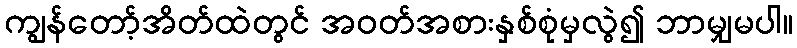
ကျွန်တော့်အိတ်ထဲတွင် အဝတ်အစားနှစ်စုံမှလွဲ၍ ဘာမျှမပါ။